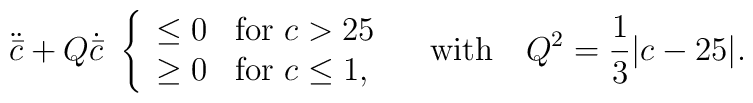
\ddot{\bar c} + Q\dot{\bar c}\    \left\{ \begin{array}{ll} \le0 & \mbox{for $c>25$} \\      \ge0 & \mbox{for $c\le1$},\end{array}\right. \ \ \ \hbox{with}   \ \ \ Q^2={1\over3}\vert c-25\vert.